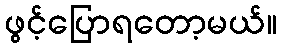
ဖွင့်ပြောရတော့မယ်။